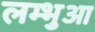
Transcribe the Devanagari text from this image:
लम्‍भुआ